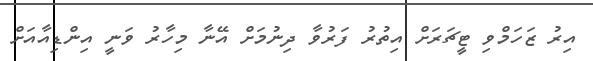
އިރު ޒަހަމްވި ޓީޗަރަށް އިތުރު ފަރުވާ ދިނުމަށް އޭނާ މިހާރު ވަނީ އިންޑިއާއަށް